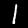
Digit: 1